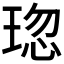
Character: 𤦏